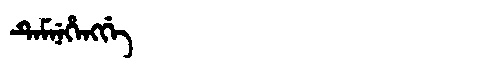
Manchu: ᡨᡝᠮᠨᡝᡥᡝᠩᡤᡝ
Romanization: TEMNEHENGGE